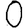
Digit: 0